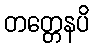
တတ္တေနပိ